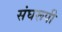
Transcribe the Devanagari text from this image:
संघरूपी